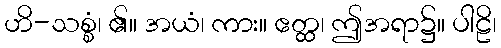
ဟိ-သစ္စံ၊ ၏။ အယံ၊ ကား။ ဧတ္ထ၊ ဤအရာ၌။ ပါဠိ၊